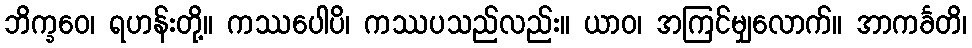
ဘိက္ခဝေ၊ ရဟန်းတို့။ ကဿပေါပိ၊ ကဿပသည်လည်း။ ယာဝ၊ အကြင်မျှလောက်။ အာကင်္ခတိ၊